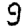
Digit: 9